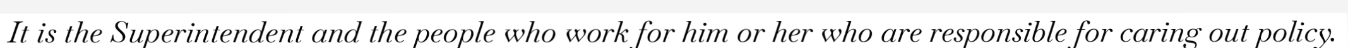
It is the Superintendent and the people who work for him or her who are responsible for caring out policy.